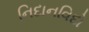
નિદાનવિદો